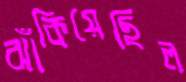
ঝাঁকিয়েছিল